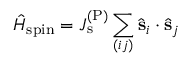
\hat { H } _ { \mathrm { s p i n } } = J _ { \mathrm { s } } ^ { \mathrm { ( P ) } } \sum _ { ( i j ) } \hat { \bf s } _ { i } \cdot \hat { \bf s } _ { j }